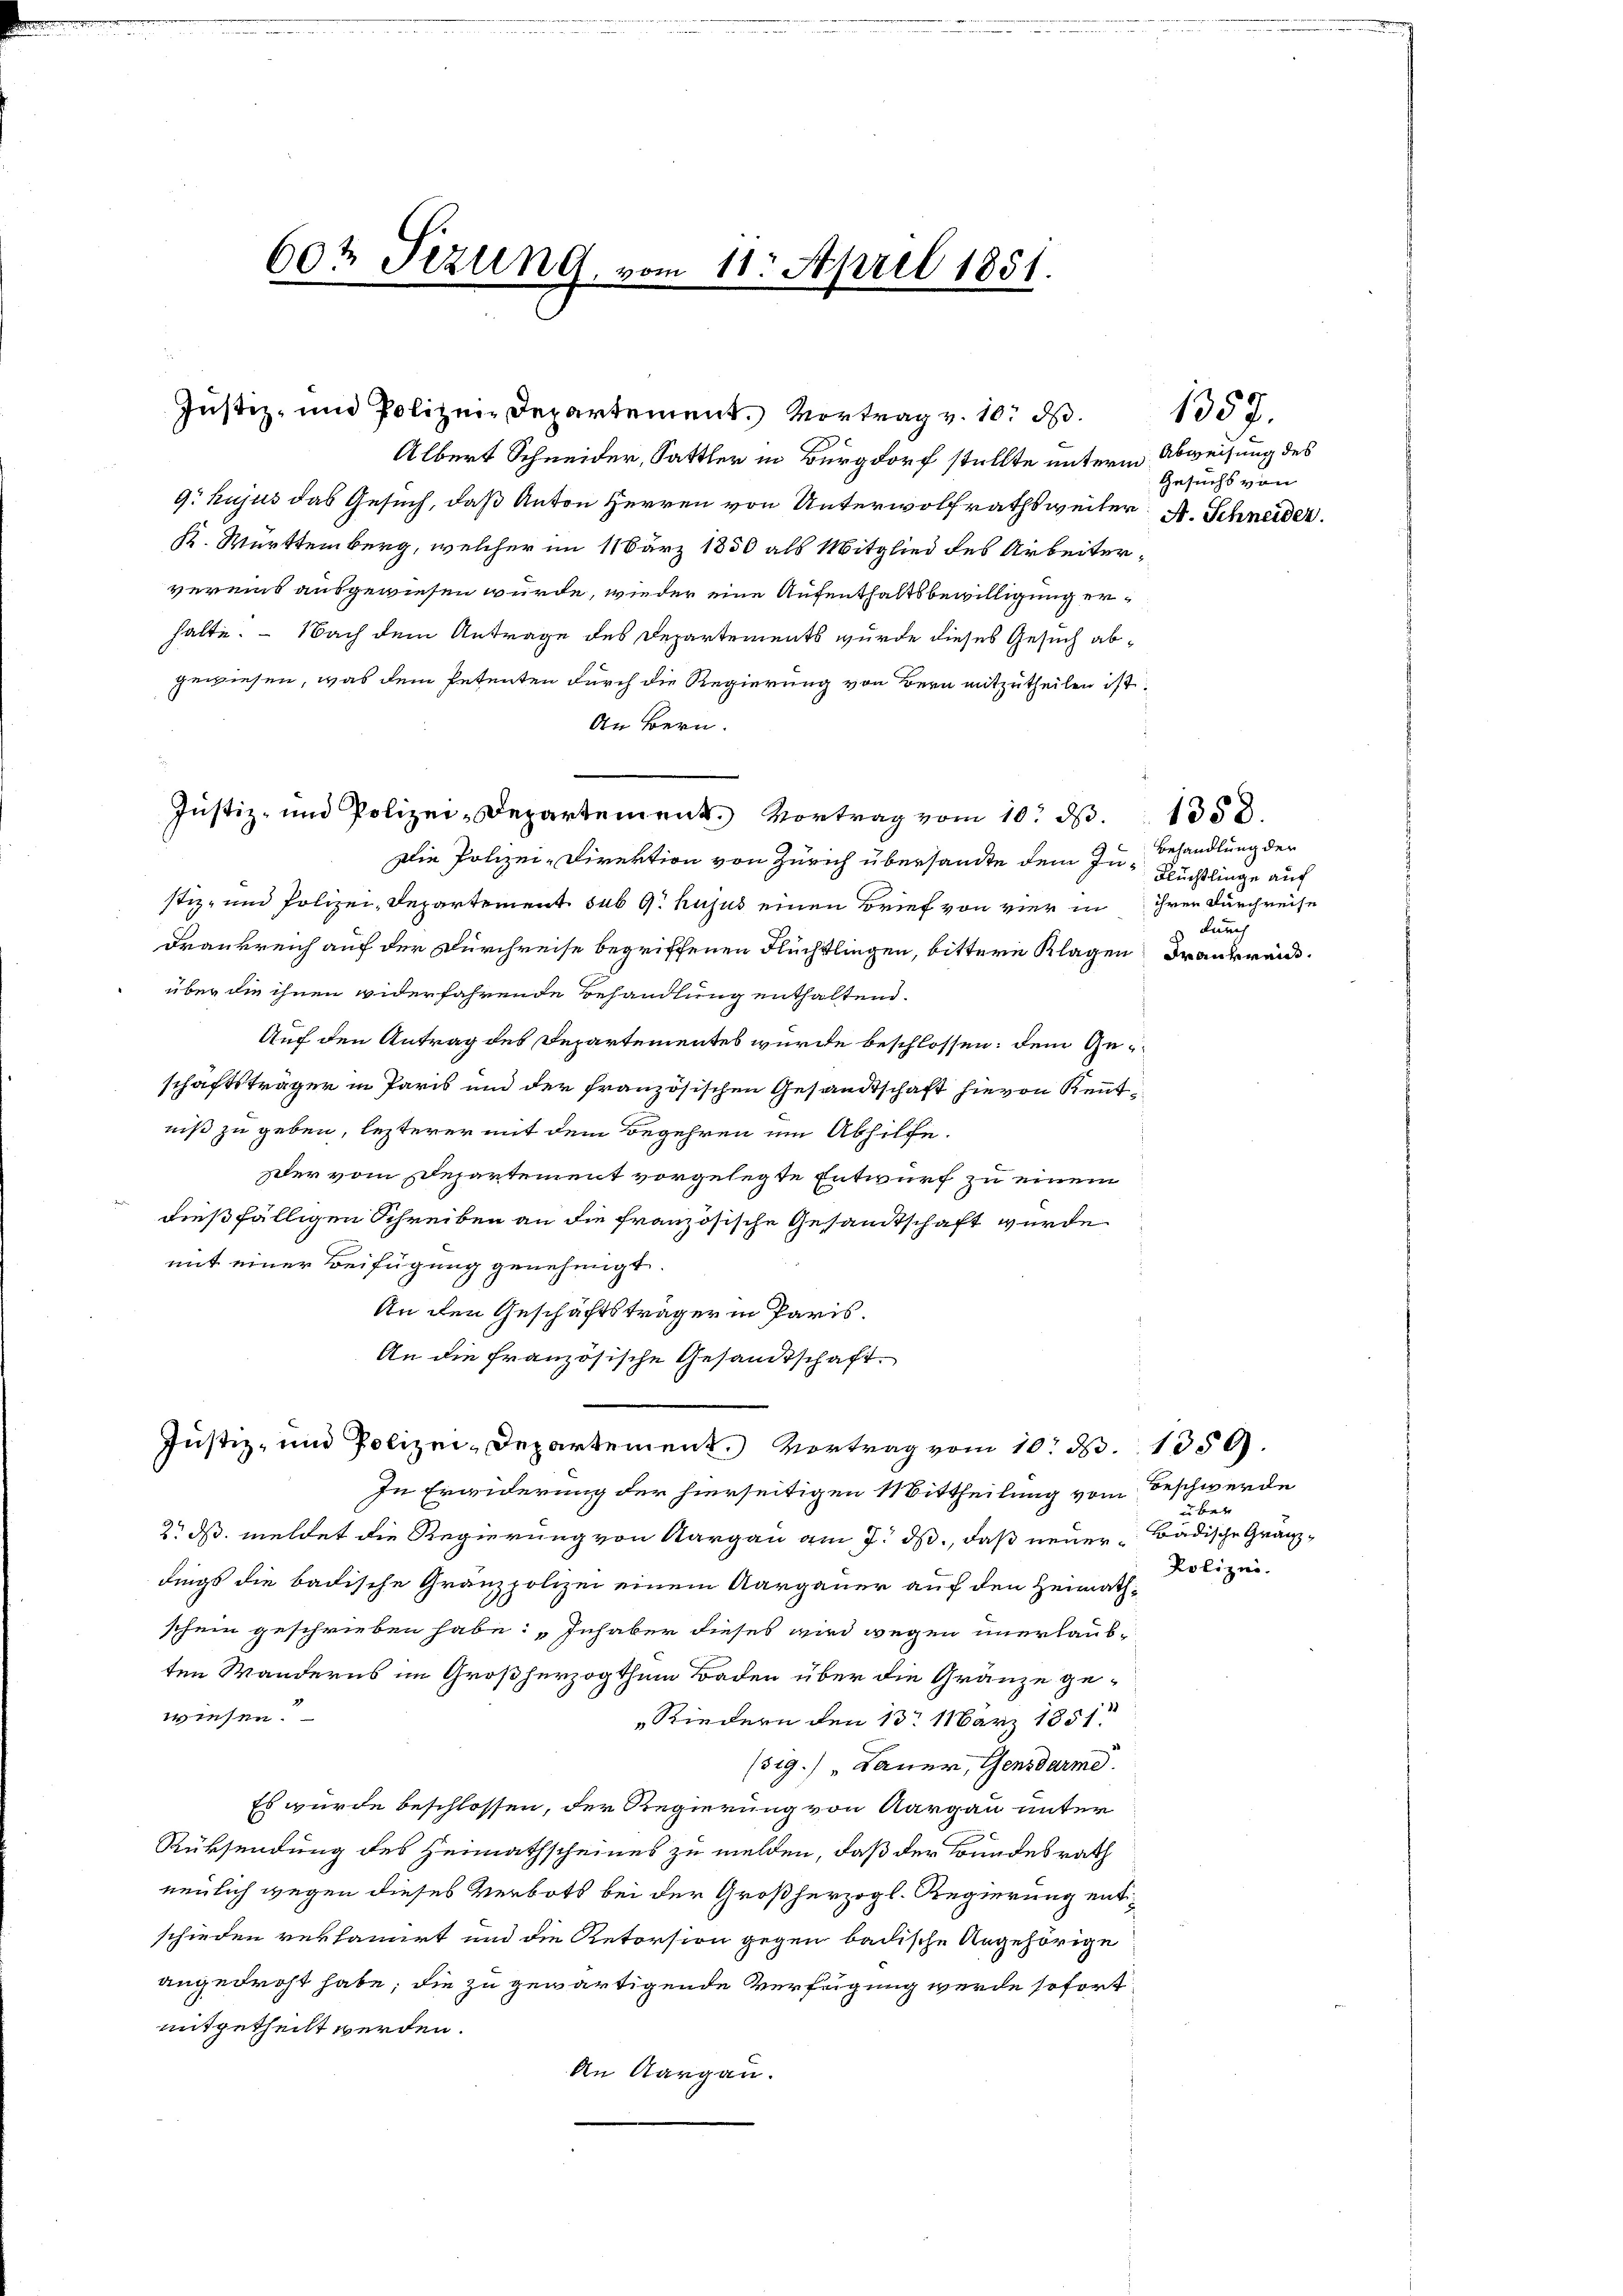
60t Fezung vom 11. April 1851.

Albert Schneider, Sattler in Burgdorf stellte unterm Abweisung des
9. hujus das Gesuch, daß Anton Herren von Unterwolfrathsweiter A. Schneider
K. Württemberg, welcher im 11 März 1850 als Mitglied des Arbeitervereins ausgewiesen würde, wieder eine Aufenthaltsbewilligung erhalte. - Nach dem Antrage des Departements wurde dieses Gesuch abgewiesen, was dem Petenten durch die Regierung von Bern mitzutheilen ist.
An Bern.
Die Polizei-Direktion von Zürich übersandte dem In- Flüchtlinge auch
stiz- und Polizei- Departement sub 9. hujus einen Brief von vier in
Frankreich auf der Durchreise begriffenen Flüchtlingen, bittere Klagen Frankreisüber die ihnen widerfahrende Behandlung enthaltend.
Auf den Antrag des Departementes wurde beschlossen: dem Geschaftsträger in Paris und der französischen Gesandtschaft hievon Kenntniß zu geben, lezterer mit dem Begehren um Abhilfe.
zler vom Departement vorgelegte Entwurf zu einem
dießfälligen Schreiben an die französische Gesamtschaft wurde
mit einer Beifügung genehmigt.
An den Geschäftsträger in Paris.
An die französische Gesandtschaft.
Justiz- und Polizei-Departement. Vortrag vom 10. d. 1359.
In Erwiderung der hierseitigen Mittheilung vom
2. ds. meldet die Regierung von Aargau am 7. ds., daß neuer Badische Gränzdings die badische Granzpolizei einem Aargauer auf den Heimathschein geschrieben habe: „Inhaber dieses wird wegen unerlaub-
ten Wanderns im Großherzogthum Baden über die Gränze gewiesen.
„Riedern den 13. März 1851.
(39.) " Bauer, Gensdarme
Es wurde beschlossen, der Regierung von Aargau unter
Rüksendung des Heimathscheines zu melden, daß der Bundesrath
neulich wegen dieses Verbots bei der Großherzogl. Regierung entschieden reklamirt und die Retorsion gegen badische Angehörige
angedroht habe; die zu gewärtigende Verfügung werde sofort
mitgetheilt werden.
An Aargau.

Justiz- und Polizei-Departement. Vortrag vom 10. d. 1858.

Justiz- und Polizei-Departement. Vortrag v. 10. d.

Gesuchs von

1357.

Behandlung der
ihren Durchreise
durch

Beschwerde
über
Polizei.